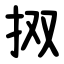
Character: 㧐